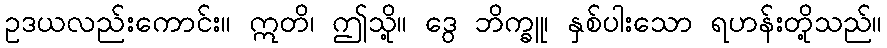
ဥဒယလည်းကောင်း။ ဣတိ၊ ဤသို့။ ဒွေ ဘိက္ခူ၊ နှစ်ပါးသော ရဟန်းတို့သည်။